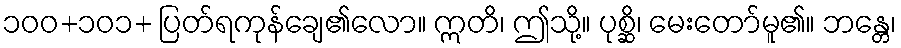
၁၀၀+၁၀၁+ ပြတ်ရကုန်ချေ၏လော။ ဣတိ၊ ဤသို့။ ပုစ္ဆိ၊ မေးတော်မူ၏။ ဘန္တေ၊